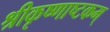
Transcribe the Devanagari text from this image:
श्रीकृष्णाष्टकम्